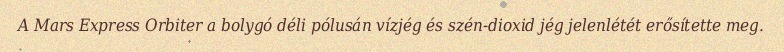
A Mars Express Orbiter a bolygó déli pólusán vízjég és szén-dioxid jég jelenlétét erősítette meg.